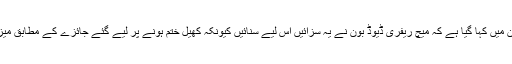
آئی سی سی کی طرف سے جاری کیے گئے بیان میں کہا گیا ہے کہ میچ ریفری ڈیوڈ بون نے یہ سزائیں اس لیے سنائیں کیونکہ کھیل ختم ہونے پر لیے گئے جائزے کے مطابق میزبان ٹیم مقررہ شرح سے چھ اوورز پیچھے تھی۔